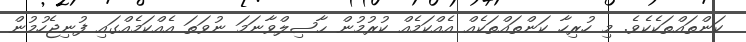
ކަންތައްތަކެކެވެ. މި ހުރިހާ ކަންތައްތަކެއް އެއްކަމެއް ކުރުމުން ޙާޞިލްވާނަމަ ނުވަތަ އެއްކަމެއްގައި ފުނިޖެހުމުން